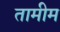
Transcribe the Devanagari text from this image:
तामीम